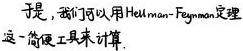
于是，我们可以用Hellman - Feynman定理这一简便工具来计算.